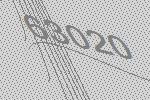
63020